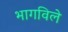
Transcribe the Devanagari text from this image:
भागविले